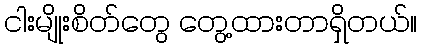
ငါးမျိုးစိတ်တွေ တွေ့ထားတာရှိတယ်။